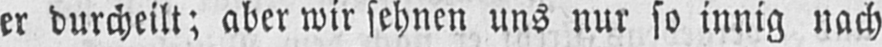
er durcheilt; aber wir sehnen uns nur so innig nach